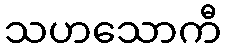
သဟသောကီ